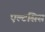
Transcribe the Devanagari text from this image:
एल्टसिस